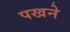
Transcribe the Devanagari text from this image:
पखने